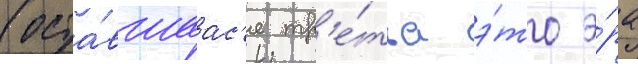
(оста́вшаас'я тр'е́тья э́то э́ра